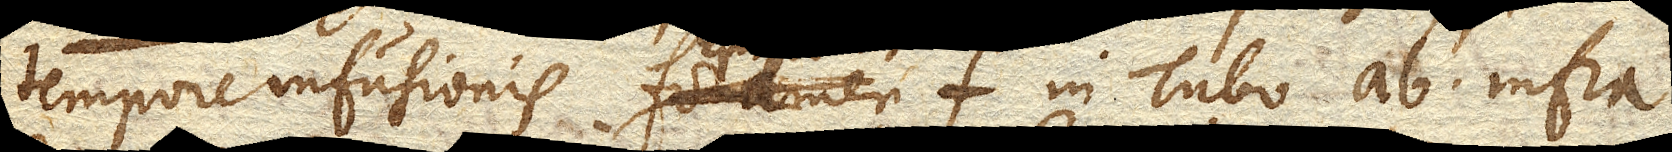
tempore infusionis foramen f. in Tubo ab. infra